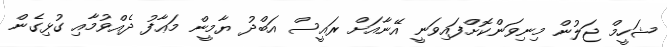
ޝަހީމް ޖަލުން މިނިވަންކޮށްފައިވަނީ އޭނާއަށް ރައީސް އަބްދު ޔާމީން މަޢާފު ދެއްވުމާއި ގުޅިގެން